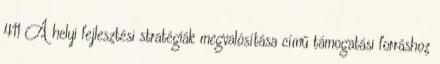
411 A helyi fejlesztési stratégiák megvalósítása című támogatási forráshoz